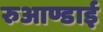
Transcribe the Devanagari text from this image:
रुआण्डाई